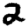
Digit: 2